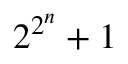
2 ^ { 2 ^ { n } } + 1